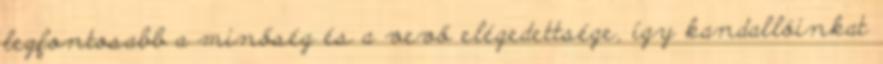
legfontosabb a minőség és a vevő elégedettsége, így kandallóinkat